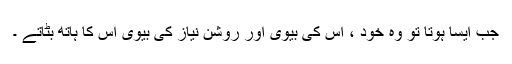
جب ایسا ہوتا تو وہ خود ، اس کی بیوی اور روشن نیاز کی بیوی اس کا ہاتھ بٹاتے ۔